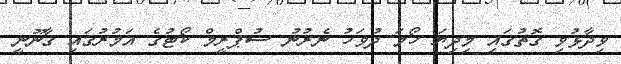
ވިދާޅުވި ގޮތުގައި މިދިޔަ ހޯމަ ދުވަހު ނެރުނު ސުޕްރީމް ކޯޓުގެ އަމުރުގައި ގާނޫނީ